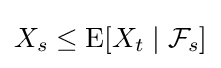
X_{s}\leq \operatorname {E} [X_{t}\mid {\mathcal {F}}_{s}]